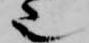
也